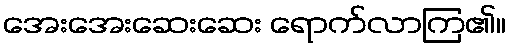
အေးအေးဆေးဆေး ရောက်လာကြ၏။